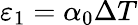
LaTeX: {{\varepsilon}_{1}}={{\alpha}_{0}}\Delta T